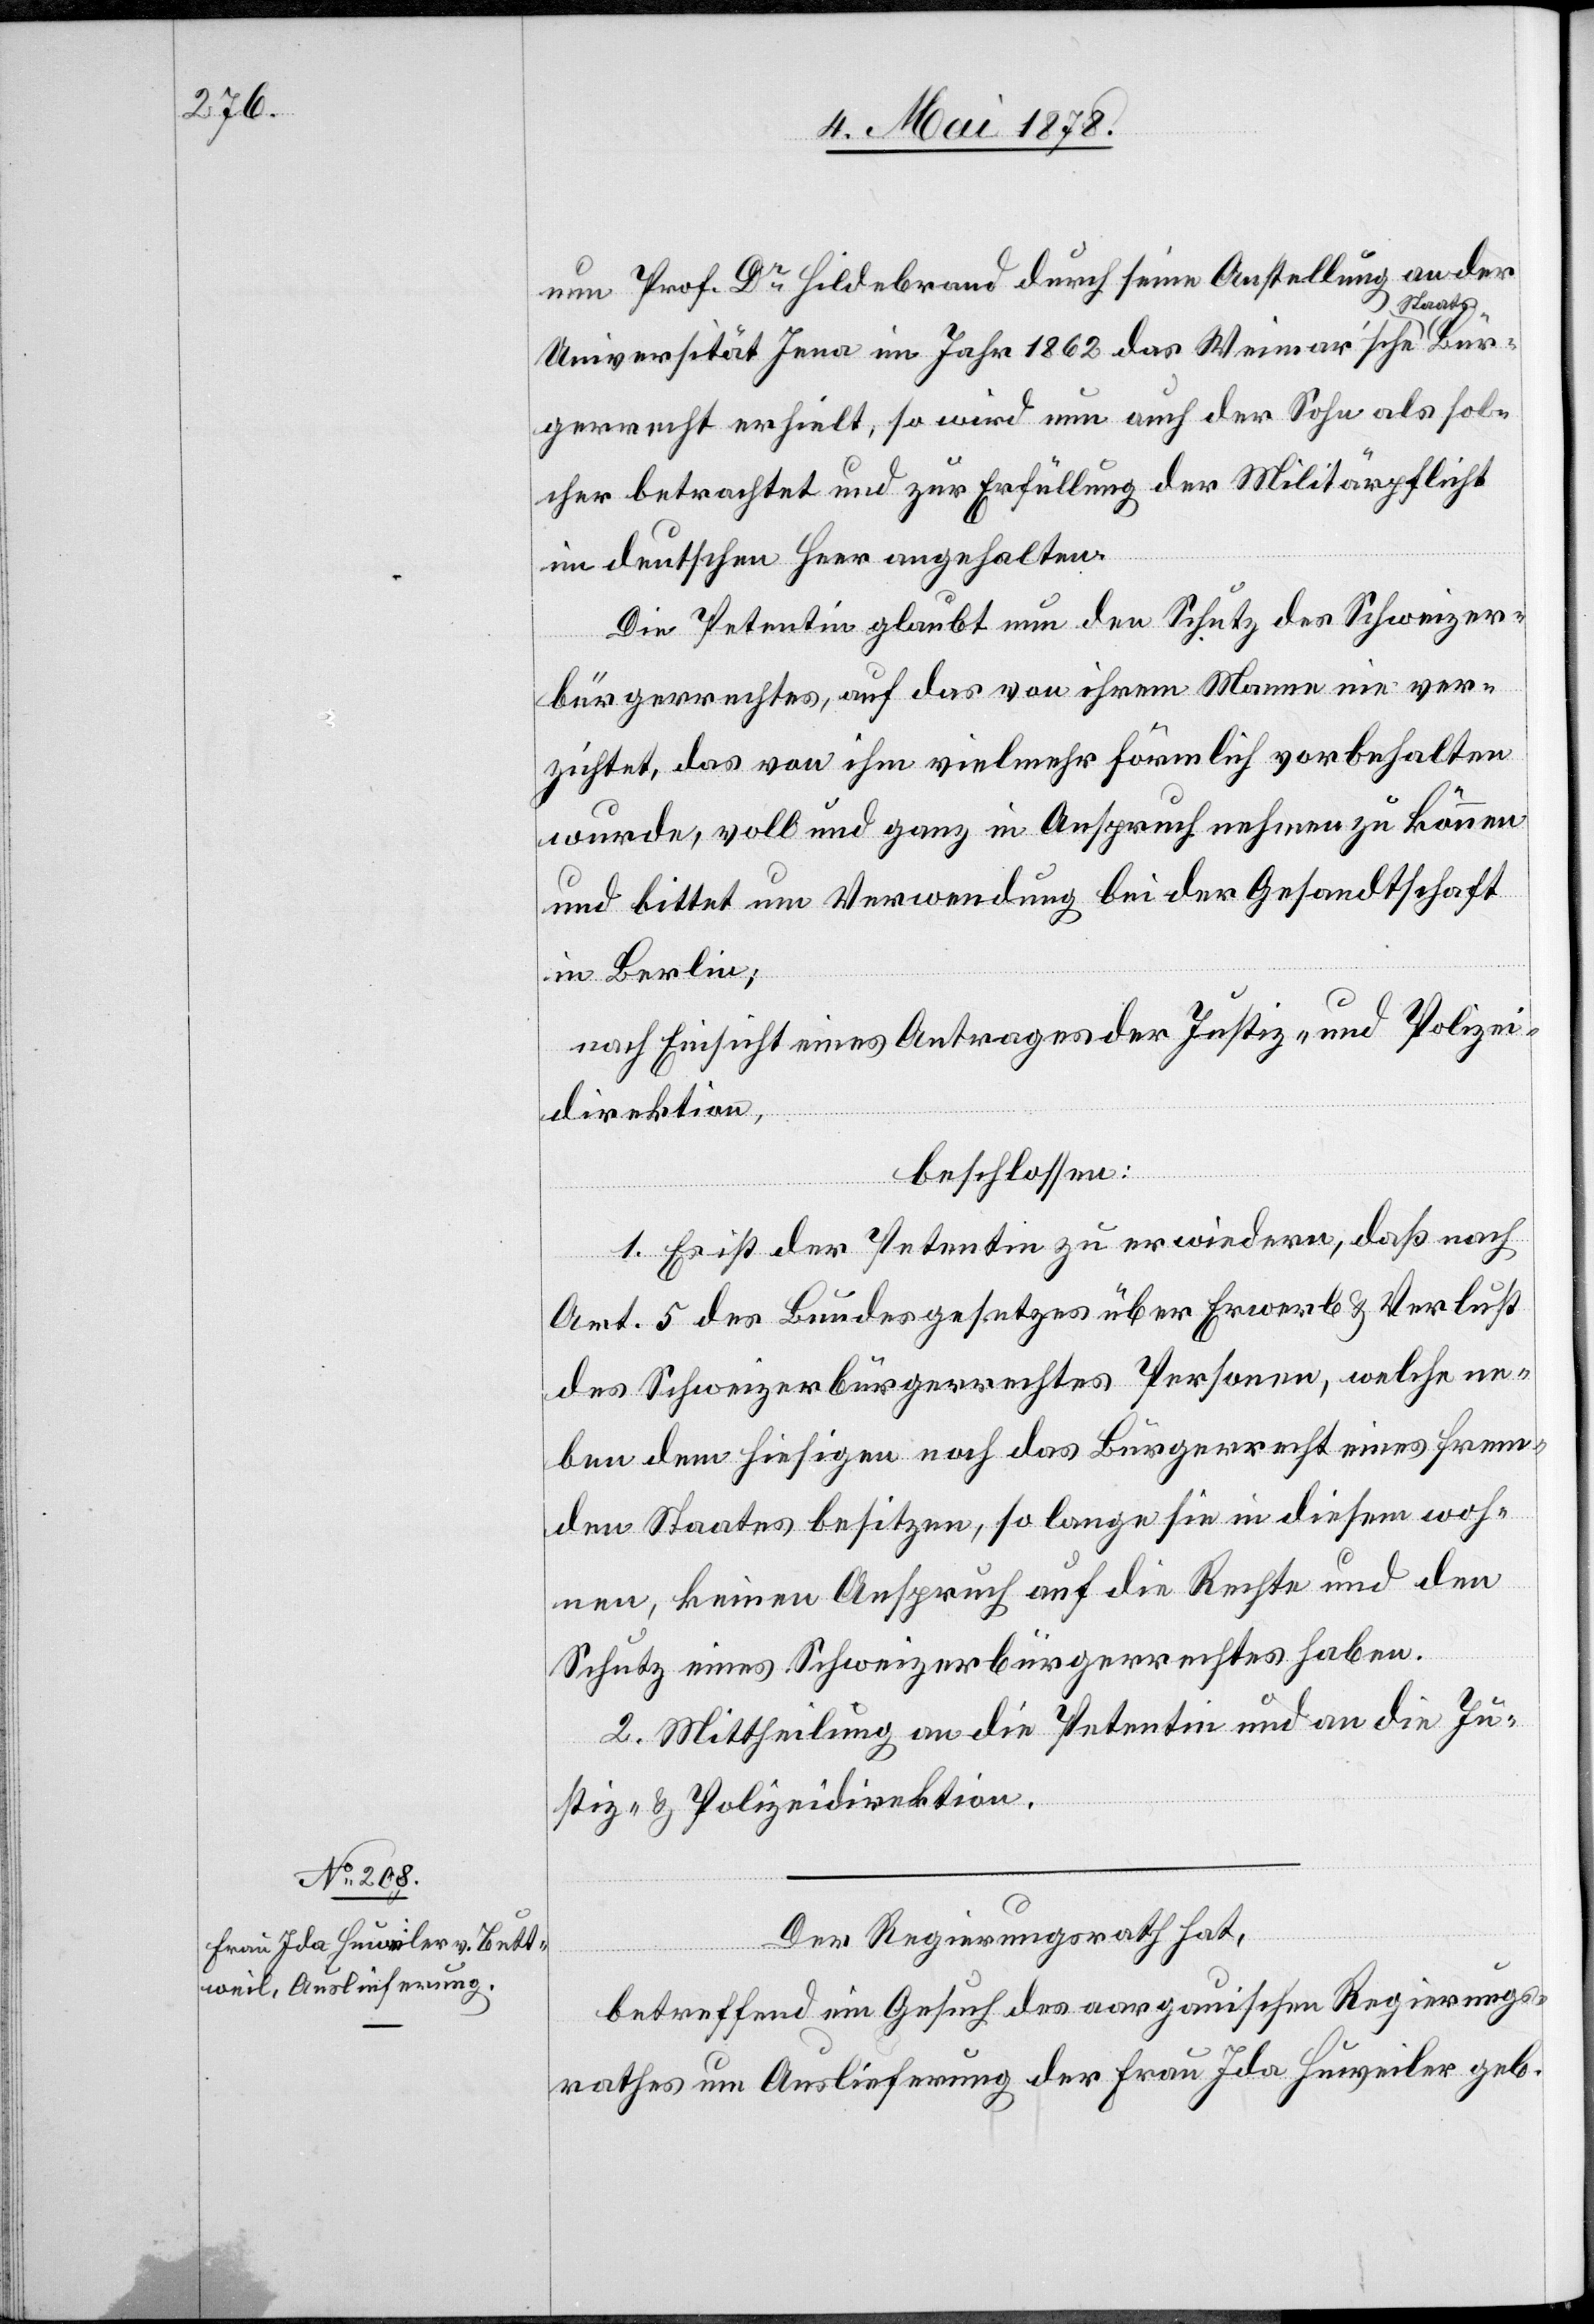
nun Prof. Dr Hildebrand durch seine Anstellung an der
Bür¬
Universität Jena im Jahr 1863 das Weimar’sche a-S¬
gerrecht erhielt, so wird nun auch der Sohn als sol¬
cher betrachtet und zur Erfüllung der Militärpflicht
im deutschen Heer angehalten.
Die Petentin glaubt nun den Schutz des Schweizer¬
bürgerrechtes, auf das von ihrem Manne nie ver¬
zichtet, das von ihm vielmehr förmlich vorbehalten
wurde, voll und ganz in Anspruch nehmen zu können
und bittet um Verwendung bei der Gesandtschaft
in Berlin;
nach Einsicht eines Antrages der Justiz- und Polizei¬
direktion,
beschlossen:
1. Es ist der Petentin zu erwiedern, daß nach
Art. 5 des Bundesgesetzes über Erwerb & Verlust
des Schweizerbürgerrechtes Personen, welche ne¬
ben dem hiesigen noch das Bürgerrecht eines frem¬
den Staates besitzen, so lange sie in diesem woh¬
nen, keinen Anspruch auf die Rechte und den
Schutz eines Schweizerbürgerrechtes haben.
2. Mittheilung an die Petentin und an die Ju¬
stiz- & Polizeidirektion.
Der Regierungsrath hat,
betreffend ein Gesuch des aargauischen Regierungs¬
rathes um Auslieferung der Frau Ida Huweiler geb.